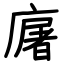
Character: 廜